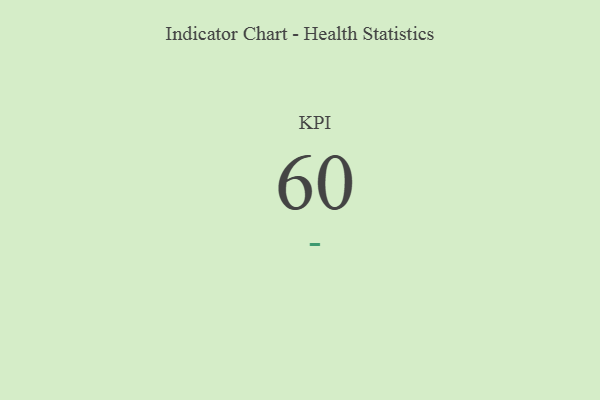
{"axis": {"x": "KPI", "y": "Value"}, "legend": [""], "data": [{"x": "KPI", "y": 60, "type": ""}]}